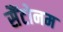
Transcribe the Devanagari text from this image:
सैंटोनम